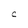
Character: C